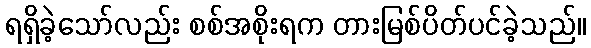
ရရှိခဲ့သော်လည်း စစ်အစိုးရက တားမြစ်ပိတ်ပင်ခဲ့သည်။